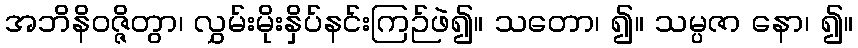
အဘိနိဝဇ္ဇိတွာ၊ လွှမ်းမိုးနှိပ်နင်းကြဉ်ဖဲ၍။ သတော၊ ၍။ သမ္ပဇာ နော၊ ၍။